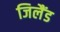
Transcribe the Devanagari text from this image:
जिलैंड